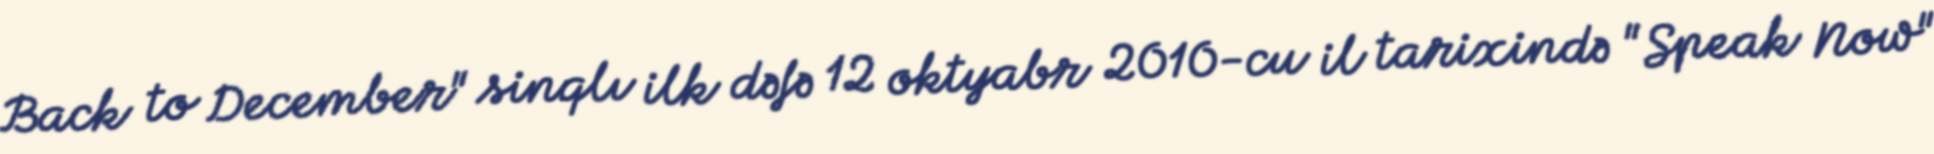
Back to December" sinqlı ilk dəfə 12 oktyabr 2010-cu il tarixində "Speak Now"